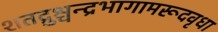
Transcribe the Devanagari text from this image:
शतद्रुश्चन्द्रभागामरूदवृधा